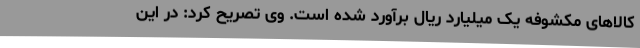
کالاهای مکشوفه یک میلیارد ریال برآورد شده است. وی تصریح کرد: در این